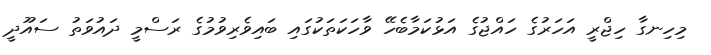
މިހިނގާ ހިޖްރީ އަހަރުގެ ހައްޖުގެ އަޅުކަމާބެހޭ ވާހަކަތަކުގައި ބައިވެރިވުމުގެ ރަސްމީ ދައުވަތު ސައޫދީ